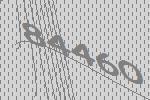
84460